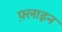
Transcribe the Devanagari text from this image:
फ़्लाइन